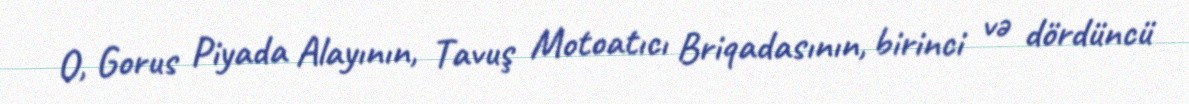
O, Gorus Piyada Alayının, Tavuş Motoatıcı Briqadasının, birinci və dördüncü